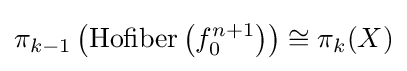
\pi _{k-1}\left({\text{Hofiber}}\left(f_{0}^{n+1}\right)\right)\cong \pi _{k}(X)